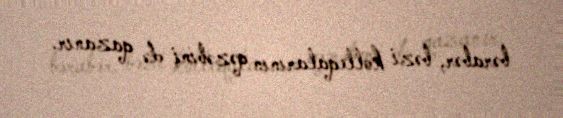
bərabər, bəzi kolleqalarının qəzəbini də qazanır.